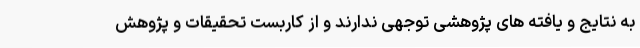
به نتایج و یافته های پژوهشی توجهی ندارند و از کاربست تحقیقات و پژوهش